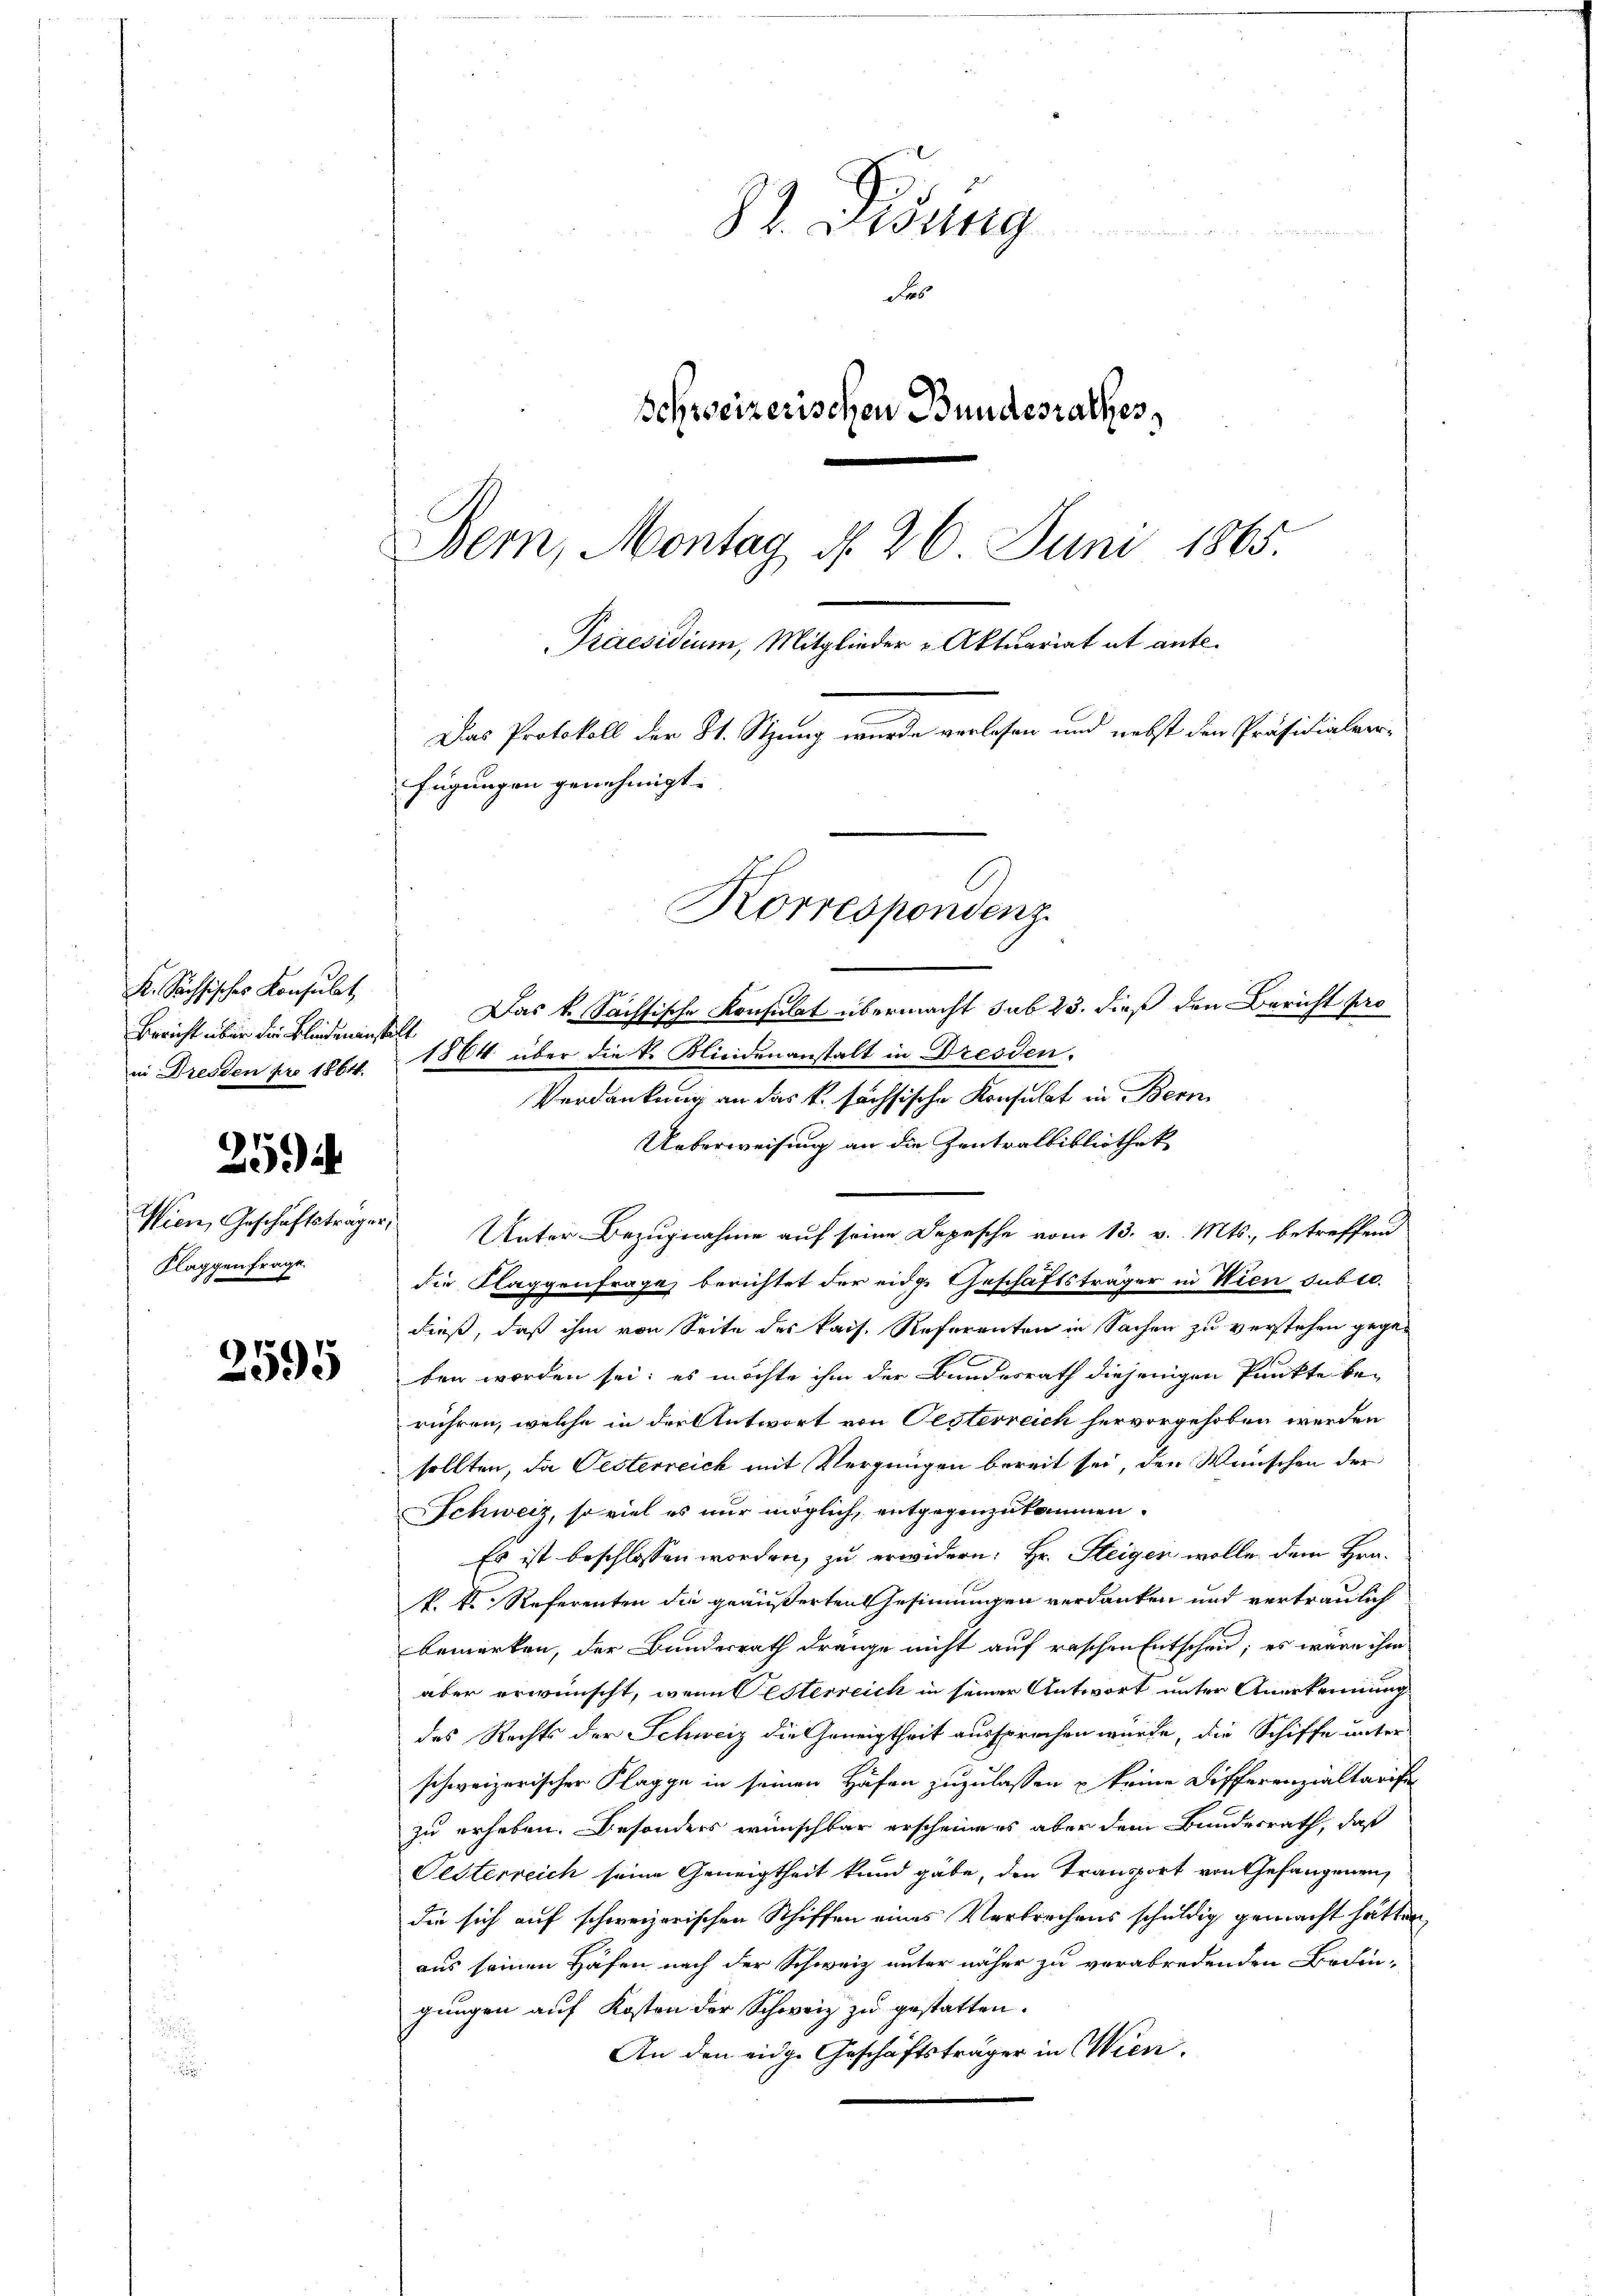
K. Sachsisches Konsulat
in Dresden pro 1864.

259

Wien, Geschäftsträger,
Klaggenfrage.

2595

82. Gesung
e
Fes
Schweizerischen Bundesrathes,
Bern, Montag d. 26. Juni 1865.
Praesidium, Mitglieder Aktuariat et ant¬
Das Protokoll der 21. Stzung wurde verlesen und nebst den Präsidialverfügungen genehmigt. |

Korrespondenz.

Bericht über die Blindwankt. Das k. Sächsische Konsulat übermacht sub 23. dieß den Bericht pro
1864 über die k. Kliedenanstalt in Dresden.
Verdankung an das k. sächsische Konsulat in Bern
Ueberweisung an die Zentralbibliothek
Unter Bezugnahme auf seine Depesche vom 13. v. Mts., betreffend
die Klaggenfrage berichtet der eidg. Geschäftsträger in Wien dubio.
dieß, daß ihm von Seite des kais. Reforenten in Sachen zu verstehen gegeben worden sei; es möchte ihm der Bundesrath diejenigen Punkte be-
rühren, welche in der Antwort von Oesterreich hervorgehoben werden
sollten, da Pesterreich mit Vergnügen bereit sei, den Wünschen der
SSchweiz, so viel es nur möglich, entgegenzukommen.
Es ist beschlossen worden, zu erwidern: Hr. Steigen wolle dem Hrn.
k. k. Referenten die geäußerten Gesinnungen verdanken und vertraulich
bemerken, der Bundesrath dränge nicht auf raschen Entscheid; es wäre ihm
aber erwünscht, wenn Festerreich in seiner Antwort unter Anerkennung
des Rechts der Schweiz die Geneigtheit aussprechen würde, die Schiffe unter
schweizerischer Klagge in seinen Höfen zuzulassen u keine Differenzialtarife
zu erheben. Besonders wünschbar erscheines aber dem Bundesrath, daß
Pesterreich seine Geneigtheit kund gabe, den Transport von Gefangenen,
die sich auf schweizerischen Schiffen eines Verbrechens schuldig gemacht hätten,
aus seinen Häfen nach der Schweiz unter näher zu verabredenden Bedin-
gungen auf Kosten der Schweiz zu gestatten.
An den eidg. Geschäftsträger in Wien.